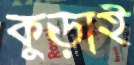
কুড়াই